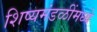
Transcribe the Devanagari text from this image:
शिष्यमंडळींमध्ये